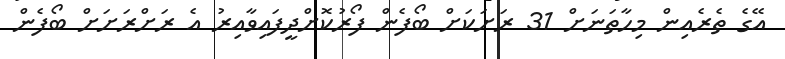
އޭގެ ތެރެއިން މިހާތަނަށް 31 ރަށަކަށް ބޯފެން ފޯރުކޮށްދީފައިވާއިރު އެ ރަށްރަށަށް ބޯފެން